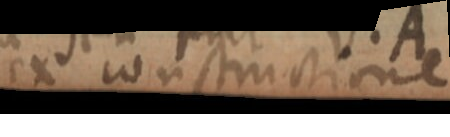
ex constructione